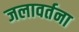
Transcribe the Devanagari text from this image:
जलावर्तना